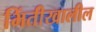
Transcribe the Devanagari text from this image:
भिंतीखालील